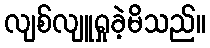
လျစ်လျူရှုခဲ့မိသည်။